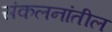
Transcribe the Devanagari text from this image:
संकलनांतील